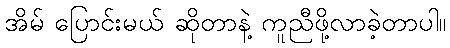
အိမ် ပြောင်းမယ် ဆိုတာနဲ့ ကူညီဖို့လာခဲ့တာပါ။